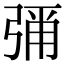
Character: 𭚶